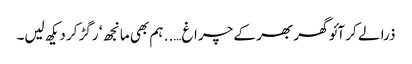
ذرا لے کر آئو گھر بھر کے چراغ….. ہم بھی مانجھ ‘ رگڑ کر دیکھ لیں۔